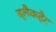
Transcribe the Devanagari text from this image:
ब्लैकहैट